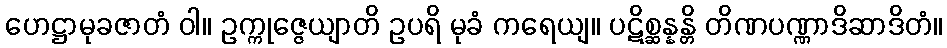
ဟေဋ္ဌာမုခဇာတံ ဝါ။ ဥက္ကုဇ္ဇေယျာတိ ဥပရိ မုခံ ကရေယျ။ ပဋိစ္ဆန္နန္တိ တိဏပဏ္ဏာဒိဆာဒိတံ။